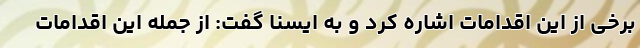
برخی از این اقدامات اشاره کرد و به ایسنا گفت: از جمله این اقدامات